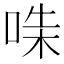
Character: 𠵟